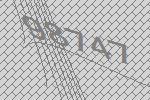
98747